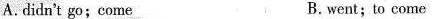
A. didn't go; come B. went; to come